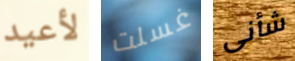
لأعيد غسلت شأنى